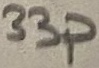
Text: 33p